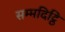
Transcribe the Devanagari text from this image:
सम्मदिट्ठि